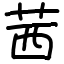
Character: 茜